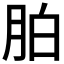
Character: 胉